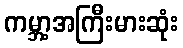
ကမ္ဘာ့အကြီးမားဆုံး